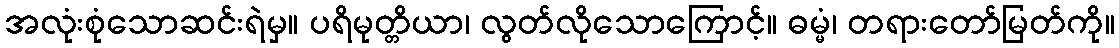
အလုံးစုံသောဆင်းရဲမှ။ ပရိမုတ္တိယာ၊ လွတ်လိုသောကြောင့်။ ဓမ္မံ၊ တရားတော်မြတ်ကို။